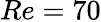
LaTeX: Re=70